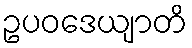
ဥပဝဒေယျာတိ